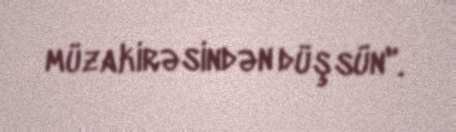
müzakirəsindən düşsün".